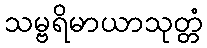
သမ္ဗရိမာယာသုတ္တံ